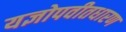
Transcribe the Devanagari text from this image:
यज्ञोपवीतधारण